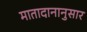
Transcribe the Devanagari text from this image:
मातादानानुसार